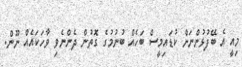
މިއީ އެ ބޭފުޅުންނަށް ކުޑައިމީސް ބަހެއް ބުނުމުގެ ގޮތުން ދެންނެވި ވާހަކައެއް ނޫން.